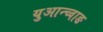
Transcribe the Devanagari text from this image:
युआन्च्वाङ